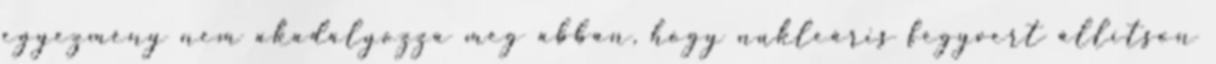
egyezmény nem akadályozza meg abban, hogy nukleáris fegyvert állítson